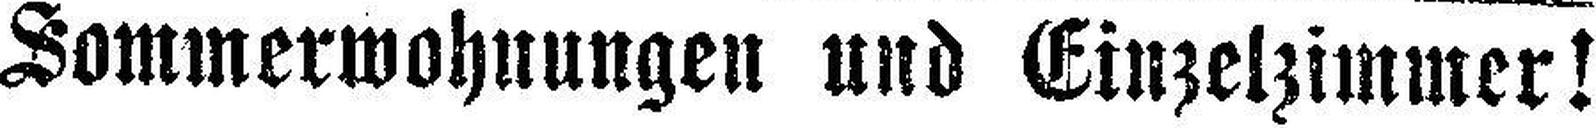
Sommerwohnungen und Einzelzimmer!